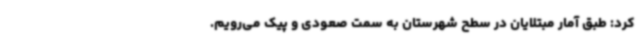
کرد: طبق آمار مبتلایان در سطح شهرستان به سمت صعودی و پیک می‌رویم.